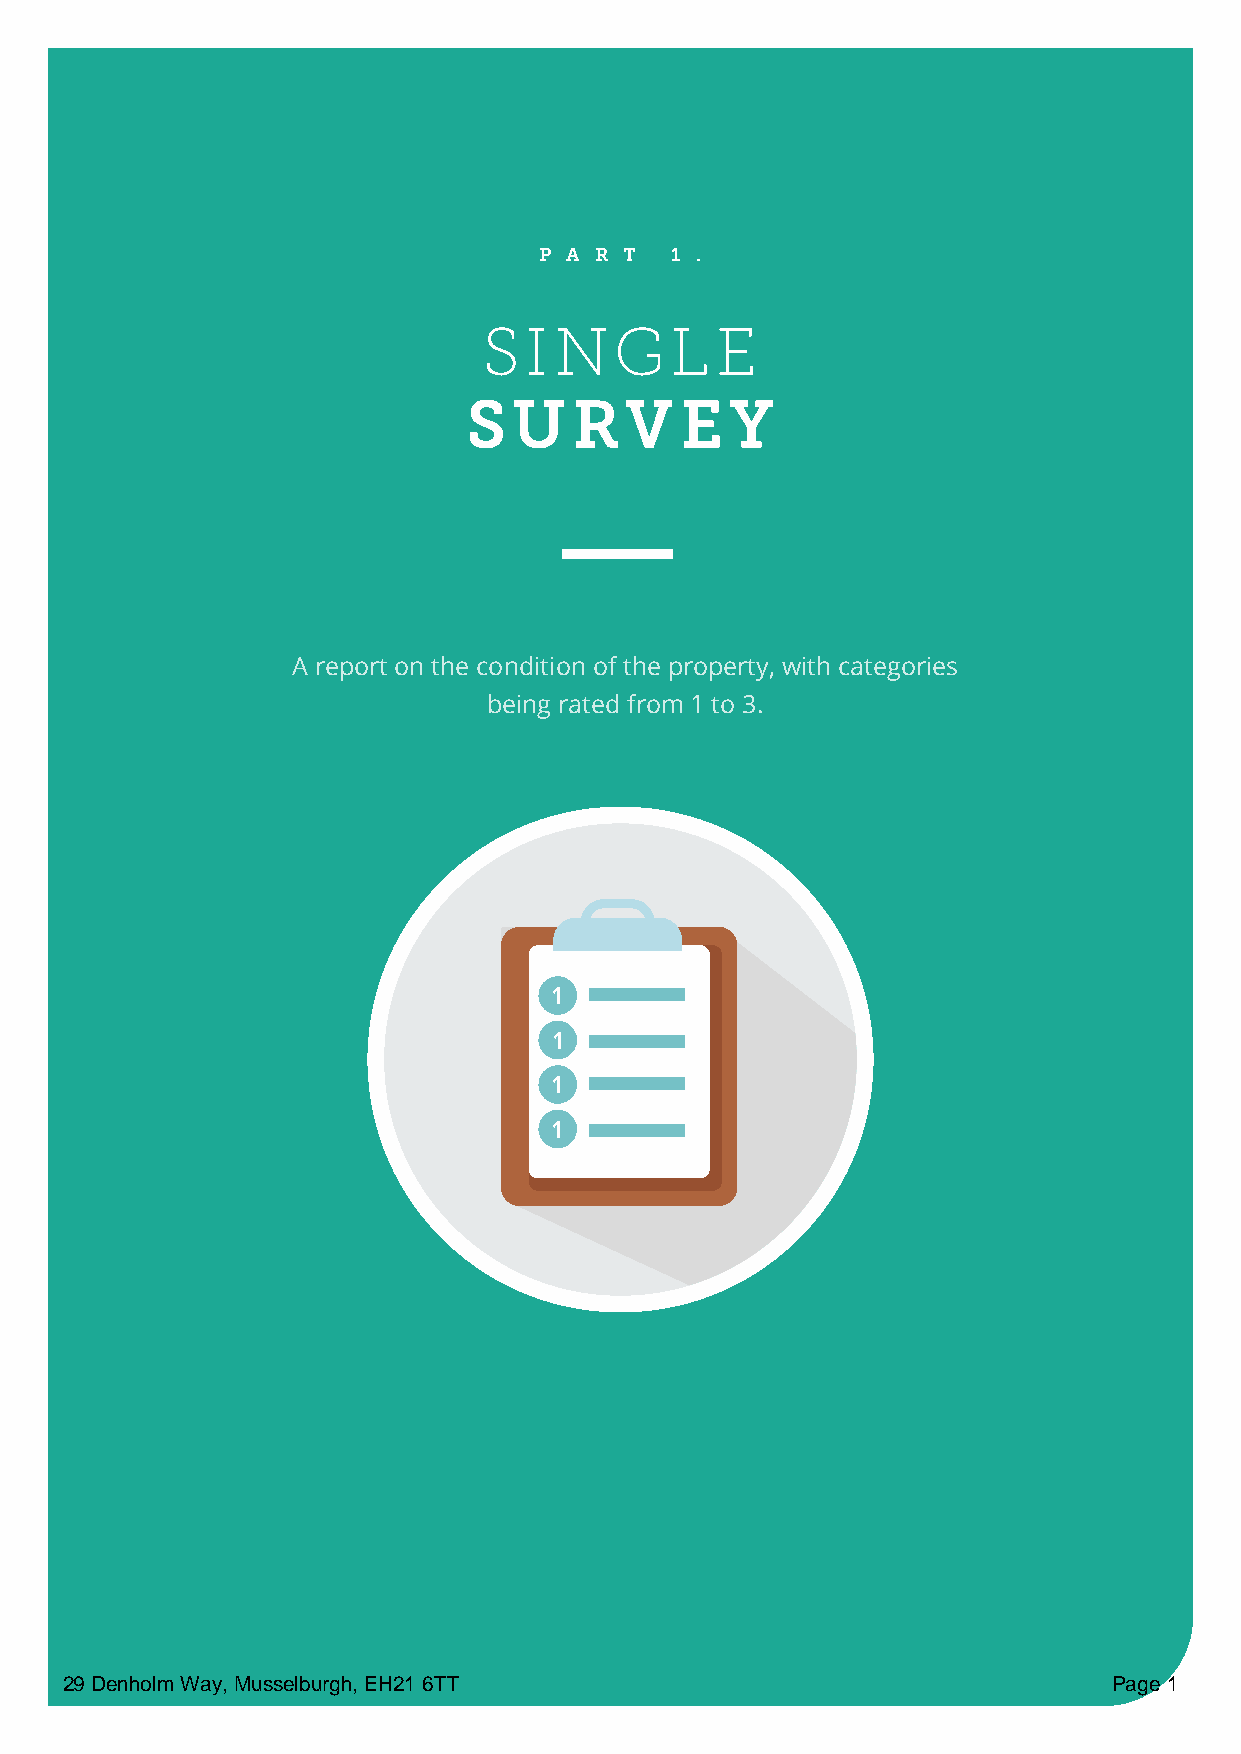
P A R T 1 .
 SI   NGL       E
 SU     RV     E  Y
 A report on the condition of the property, with categories
 being rated from 1 to 3.
 1
 1
 1
 1
 29 Denholm Way, Musselburgh, EH21 6TT                                 Page 1